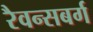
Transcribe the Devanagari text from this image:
रैवन्सबर्ग